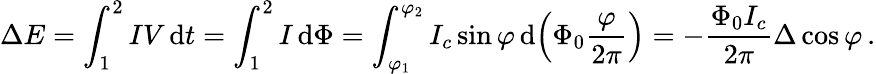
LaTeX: \Delta E=\int_{1}^{2}IV\operatorname{d}\! {t}=\int_{1}^{2}I\operatorname{d}\! \Phi=\int_{\varphi_{1}}^{\varphi_{2}}I_{c}\sin\varphi\operatorname{d}\! \left(\Phi_{0}{\frac{\varphi}{2\pi}}\right)=-{\frac{\Phi_{0}I_{c}}{2\pi}}\Delta\cos\varphi\, .